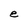
Character: e